Annual report on the working of the Harcourt Butler Institute of Public Health, Rangoon
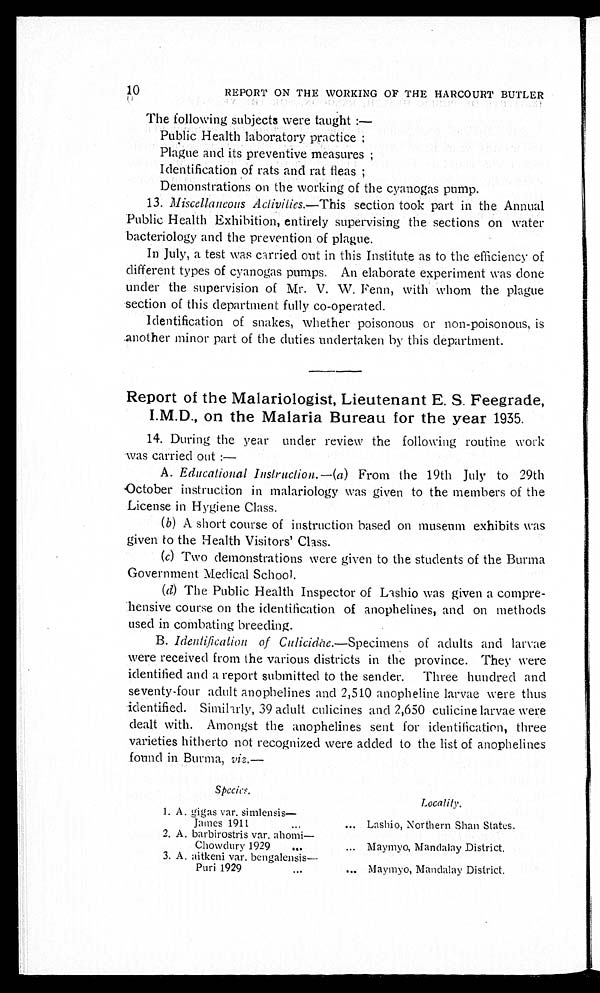
10
REPORT ON THE WORKING OF THE HARCOURT BUTLER
The following subjects were taught:
—
Public Health laboratory practice;
Plague and its preventive measures;
Identification of rats and rat fleas;
Demonstrations on the working of the cyanogas pump.
13. Miscellaneous Aclivities.—This section took part in the Annual
Public Health Exhibition, entirely supervising the sections on water
bacteriology and the prevention of plague.
In July, a test was carried out in this Institute as to the efficiency of
different types of cyanogas pumps. An elaborate experiment was done
under the supervision of Mr. V. W. Fenn, with whom the plague
section of this department fully co-operated.
Identification of snakes, whether poisonous or non-poisonous, is
another minor part of the duties undertaken by this department.
Report of the Malariologist, Lieutenant E. S. Feegrade,
I.M.D., on the Malaria Bureau for the year 1935.
13. During the year under review the following routine work
was carried out:
—
A. Educational Instruction.—(a) From the 19th July to 29th
October instruction in malariology was given to the members of the
License in Hygiene Class.
(b) A short course of instruction based on museum exhibits was
given to the Health Visitors' Class.
(c) Two demonstrations were given to the students of the Burma
Government Medical School.
(d) The Public Health Inspector of Lashio was given a compre
-hensive course on the identification of anophelines, and on methods
used in combating breeding.
B. Identification of Culicidae. —Specimens of adults and larvae
were received from the various districts in the province. They were
identified and a report submitted to the sender. Three hundred and
seventy-four adult anophelines and 2,510 anopheline larvae were thus
identified. Similarly, 39 adult culicines and 2,650 culicine larvae were
dealt with. Amongst the anophelines sent for identification, three
varieties hitherto not recognized were added to the list of anophelines
found in Burma, viz.—
Species.
Locality.
1. A.gigas var. simlensis—
James 1911 . . .
Lashio, Northern Shan States.
2. A. barbirostris var. ahomi
—
Chowdury 1929 . . . Maymyo, Mandalay District.
3. A. aitkeni var. bengalensis—
Puri 1929 . . . Maymyo, Mandalay District.